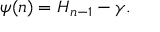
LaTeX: \psi ( n ) = H _ { n - 1 } - \gamma .